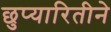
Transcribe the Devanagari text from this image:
छुप्यारितीने